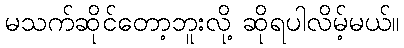
မသက်ဆိုင်တော့ဘူးလို့ ဆိုရပါလိမ့်မယ်။